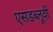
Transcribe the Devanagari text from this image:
एसडब्लूवी